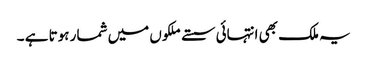
یہ ملک بھی انتہائی سستے ملکوں میں شمار ہوتا ہے ۔